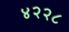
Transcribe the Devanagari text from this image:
४२२८